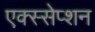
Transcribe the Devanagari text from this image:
एक्स्सेप्शन